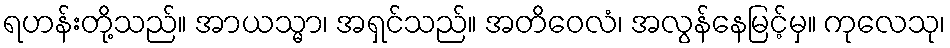
ရဟန်းတို့သည်။ အာယသ္မာ၊ အရှင်သည်။ အတိဝေလံ၊ အလွန်နေမြင့်မှ။ ကုလေသု၊